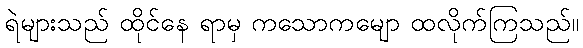
ရဲများသည် ထိုင်နေ ရာမှ ကသောကမျော ထလိုက်ကြသည်။